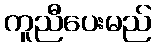
ကူညီပေးမည်